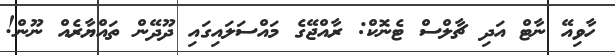
ހާވިއޭ ނާޓް އަދި ޗާލްސް ޓެނޮކް: ރާއްޖޭގެ މައްސަލައިގައި ދޫދޭން ތައްޔާރެއް ނޫން!